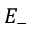
E _ { - }